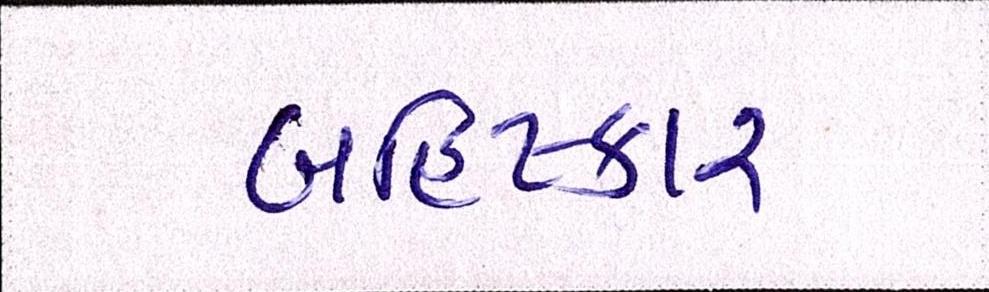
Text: બહિષ્કાર